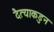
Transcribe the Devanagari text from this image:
दैत्याकडुन